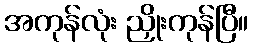
အကုန်လုံး ညှိုးကုန်ပြီ။